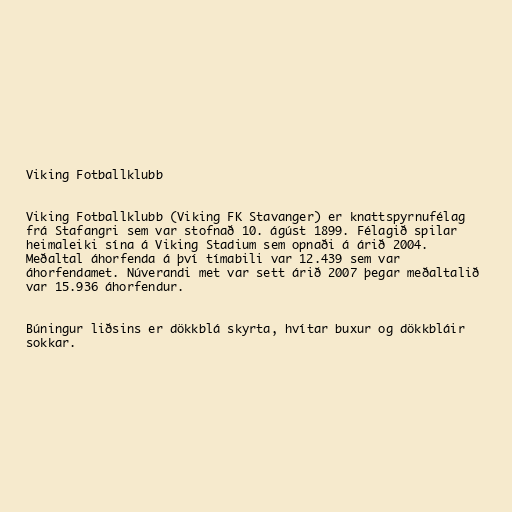
Viking Fotballklubb

Viking Fotballklubb (Viking FK Stavanger) er knattspyrnufélag
frá Stafangri sem var stofnað 10. ágúst 1899. Félagið spilar
heimaleiki sína á Viking Stadium sem opnaði á árið 2004.
Meðaltal áhorfenda á því tímabili var 12.439 sem var
áhorfendamet. Núverandi met var sett árið 2007 þegar meðaltalið
var 15.936 áhorfendur.

Búningur liðsins er dökkblá skyrta, hvítar buxur og dökkbláir
sokkar.